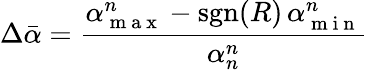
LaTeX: \Delta\bar{\alpha}=\frac{\alpha_{\mathrm{~m~a~x~}}^{n}-\mathrm{sgn}(R)\, \alpha_{\mathrm{~m~i~n~}}^{n}}{\alpha_{n}^{n}}